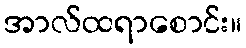
အာလ်ထရာစောင်း။